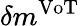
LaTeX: \delta m^{\mathrm{VoT}}